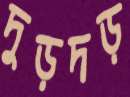
দুড়দড়